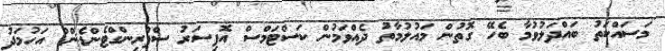
މަސައްކަތު ބައްދަލުވުމާ ބެހޭ ގޮތުން މައުލުމާތު ދެއްވަމުން ކަސްޓަމްސް އޮފިސަރު ސްޕްރިންގްޓެންޑެންޑް އަހުމަދު